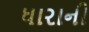
ધારાની